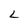
Character: L